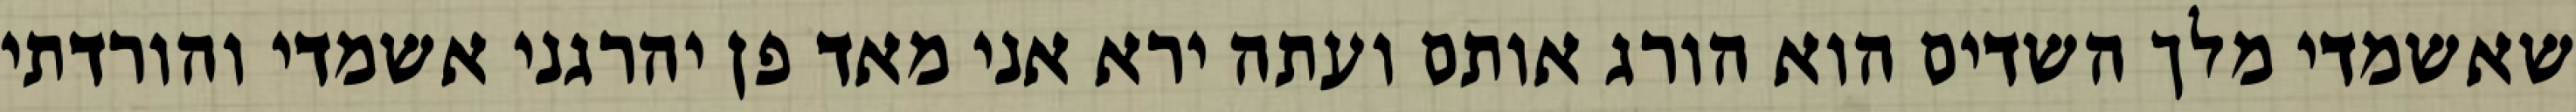
שאשמדי מלך השדים הוא הורג אותם ועתה ירא אני מאד פן יהרגני אשמדי והורדתי